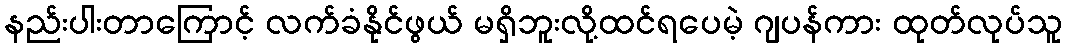
နည်းပါးတာကြောင့် လက်ခံနိုင်ဖွယ် မရှိဘူးလို့ထင်ရပေမဲ့ ဂျပန်ကား ထုတ်လုပ်သူ